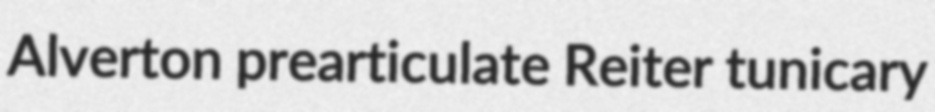
Alverton prearticulate Reiter tunicary